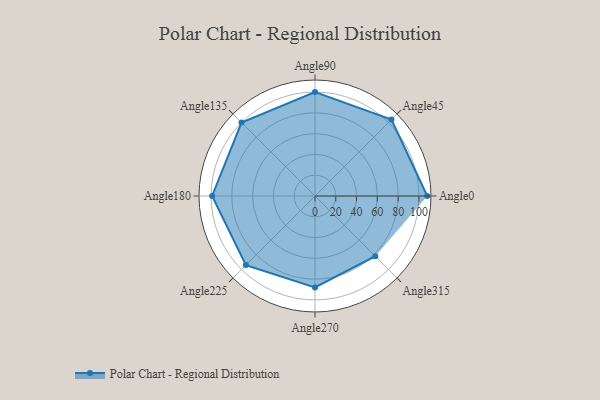
{"axis": {"x": "Angle", "y": "Radius"}, "legend": [""], "data": [{"x": "Angle0", "y": 108.0, "type": ""}, {"x": "Angle45", "y": 104.0, "type": ""}, {"x": "Angle90", "y": 100.0, "type": ""}, {"x": "Angle135", "y": 100.0, "type": ""}, {"x": "Angle180", "y": 99.0, "type": ""}, {"x": "Angle225", "y": 94.0, "type": ""}, {"x": "Angle270", "y": 88.0, "type": ""}, {"x": "Angle315", "y": 82.0, "type": ""}]}